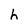
Character: h